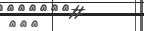
١٢٦